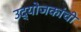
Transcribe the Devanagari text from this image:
उद्योजकांची